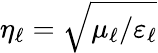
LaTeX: \eta_{\ell}=\sqrt{\mu_{\ell}/\varepsilon_{\ell}}